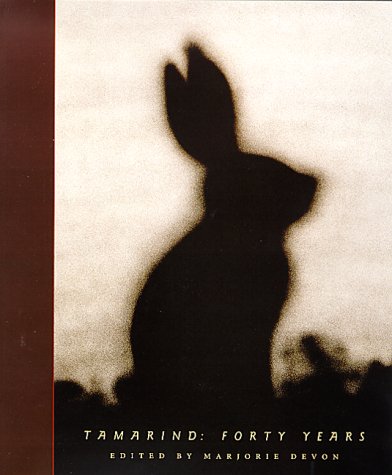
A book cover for Tamarind: Forty Years; Arts & Photography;